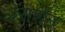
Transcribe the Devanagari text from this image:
अॅसर्शन